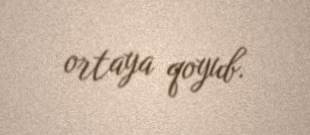
ortaya qoyub.